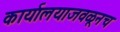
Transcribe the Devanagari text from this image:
कार्यालयाजवळूनच